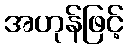
အဟုန်ဖြင့်